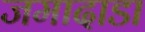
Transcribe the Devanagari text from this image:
जमादाडा